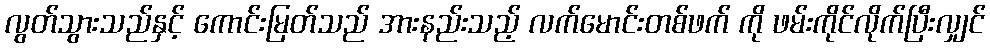
လွတ်သွားသည်နှင့် ကောင်းမြတ်သည် အားနည်းသည့် လက်မောင်းတစ်ဖက် ကို ဖမ်းကိုင်လိုက်ပြီးလျှင်